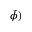
\tilde { \phi } )